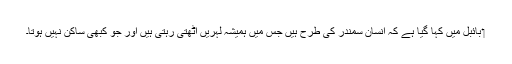
‏ بائبل میں کہا گیا ہے کہ اِنسان سمندر کی طرح ہیں جس میں ہمیشہ لہریں اُٹھتی رہتی ہیں اور جو کبھی ساکن نہیں ہوتا۔